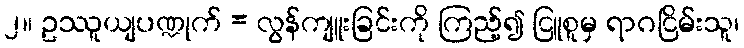
၂။ ဥဿူယျပဏ္ဍုက် = လွန်ကျူးခြင်းကို ကြည့်၍ ငြူစူမှ ရာဂငြိမ်းသူ၊